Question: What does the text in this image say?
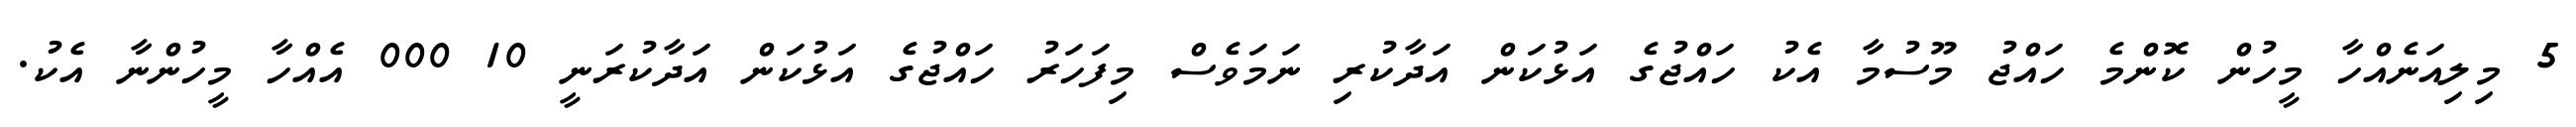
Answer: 5 މިލިއަނެއްހާ މީހުން ކޮންމެ ހައްޖު މޫސުމާ އެކު ހައްޖުގެ އަޅުކަން އަދާކުރި ނަމަވެސް މިފަހަރު ހައްޖުގެ އަޅުކަން އަދާކުރަނީ 10 000 އެއްހާ މީހުންނާ އެކު.